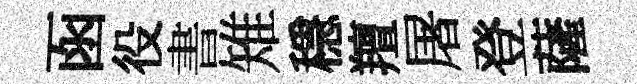
函役書雉穩羶屠登薩